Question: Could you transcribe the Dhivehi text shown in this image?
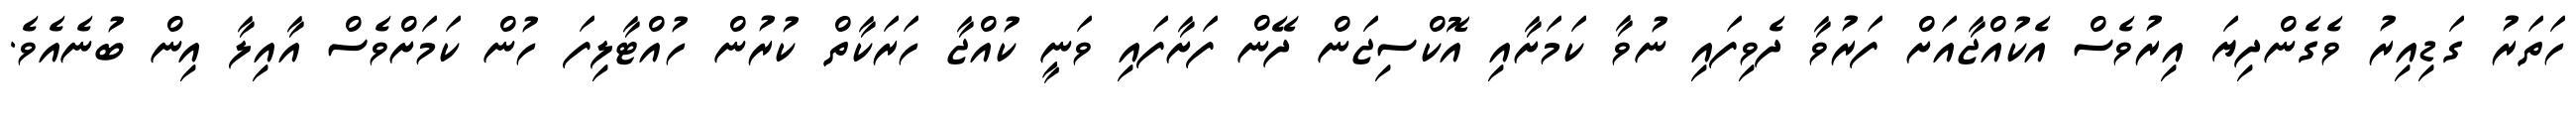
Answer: ހަތަރު ގަޑިއިރު ވެގެންދިޔަ އިރުވެސް އެކުއްޖާއަށް ފަރުވާ ދެވިފައި ނުވާ ކަމަށާއި އޮކްސިޖަން ދޭން ފަށާފައި ވަނީ ކުއްޖާ ހަރަކާތް ކުރުން ހުއްޓާލިފަ ހުން ކަމަށްވެސް އާއިލާ އިން ބުނެއެވެ.